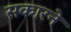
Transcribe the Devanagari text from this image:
सकारने